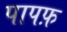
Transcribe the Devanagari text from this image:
पापफ़